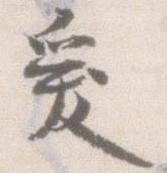
爰